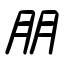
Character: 朋